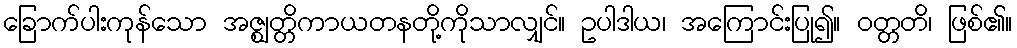
ခြောက်ပါးကုန်သော အဇ္ဈတ္တိကာယတနတို့ကိုသာလျှင်။ ဥပါဒါယ၊ အကြောင်းပြု၍။ ဝတ္တတိ၊ ဖြစ်၏။